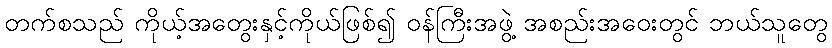
တက်စသည် ကိုယ့်အတွေးနှင့်ကိုယ်ဖြစ်၍ ဝန်ကြီးအဖွဲ့ အစည်းအဝေးတွင် ဘယ်သူတွေ